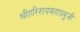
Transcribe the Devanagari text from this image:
श्रीहरिरायमहाप्रभुजी